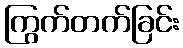
ကြွက်တက်ခြင်း